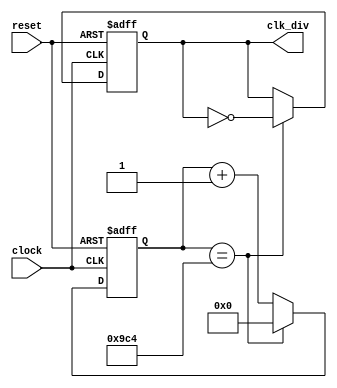
`define TimeExpire 32'd2500
module frequency_divider(clock,reset,clk_div);
input clock,reset;
output reg clk_div;
reg [31:0]count;

always@(posedge clock or negedge reset)
begin
	if(!reset)
	begin
		count <= 32'd0;
		clk_div <= 1'b0;
	end
	else
	begin
		if(count == `TimeExpire)
		begin
			count <= 32'd0;
			clk_div=~clk_div;
		end
		else
		begin
			count <= count + 32'd1;
		end
	end
end

endmodule